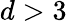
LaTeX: d>3